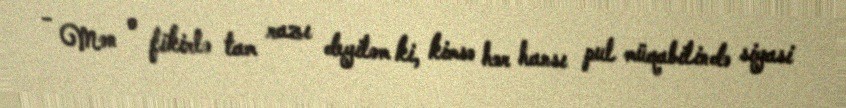
- Mən o fikirlə tam razı deyiləm ki, kimsə hər hansı pul müqabilində siyasi